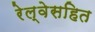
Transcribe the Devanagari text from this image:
रेल्वेसहित